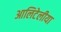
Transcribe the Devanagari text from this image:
आलिटेलीया